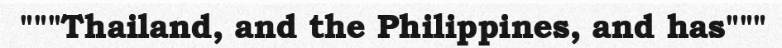
"""Thailand, and the Philippines, and has"""